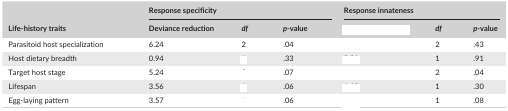
<table><thead><tr><td rowspan="2"><b>Life‐history traits</b></td><td colspan="3"><b>Response specificity</b></td><td colspan="3"><b>Response innateness</b></td></tr><tr><td><b>Deviance reduction</b></td><td><b><i>df</i></b></td><td><b><i>p‐</i>value</b></td><td>[EMPTY_CELL]</td><td><b><i>df</i></b></td><td><b><i>p</i>‐value</b></td></tr></thead><tbody><tr><td>Parasitoid host specialization</td><td>6.24</td><td>2</td><td>.04</td><td>[EMPTY_CELL]</td><td>2</td><td>.43</td></tr><tr><td>Host dietary breadth</td><td>0.94</td><td>[EMPTY_CELL]</td><td>.33</td><td>[EMPTY_CELL]</td><td>1</td><td>.91</td></tr><tr><td>Target host stage</td><td>5.24</td><td>[EMPTY_CELL]</td><td>.07</td><td>[EMPTY_CELL]</td><td>2</td><td>.04</td></tr><tr><td>Lifespan</td><td>3.56</td><td>[EMPTY_CELL]</td><td>.06</td><td>[EMPTY_CELL]</td><td>1</td><td>.30</td></tr><tr><td>Egg‐laying pattern</td><td>3.57</td><td>[EMPTY_CELL]</td><td>.06</td><td>[EMPTY_CELL]</td><td>1</td><td>.08</td></tr></tbody></table>